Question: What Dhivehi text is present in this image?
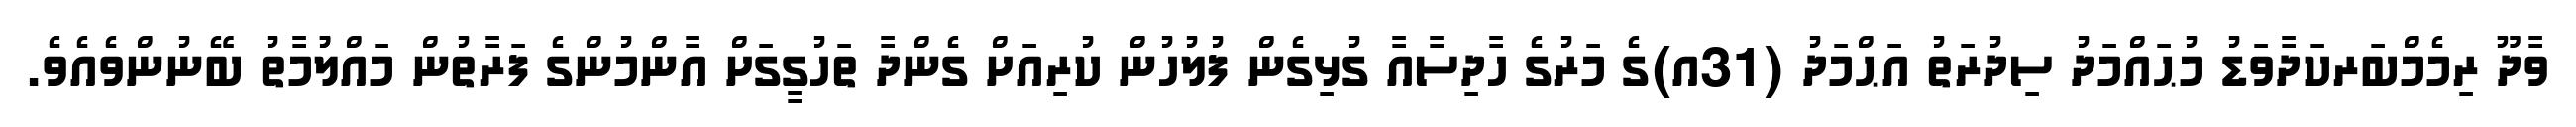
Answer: ވާދޫ ރިމެމްބަރކަދާވަޑު މުޙައްމަދު ސިދުރަތު އަޙްމަދު (31އ)ގެ މަރުގެ ހާދިސާއާ ގުޅިގެން ފުލުހުން ކުރިއަށް ގެންދާ ތަހުގީގަށް އާންމުންގެ ފަރާތުން މައްލުުމާތު ބޭނުންވެއެވެ.